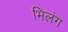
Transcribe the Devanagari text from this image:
भिलंग